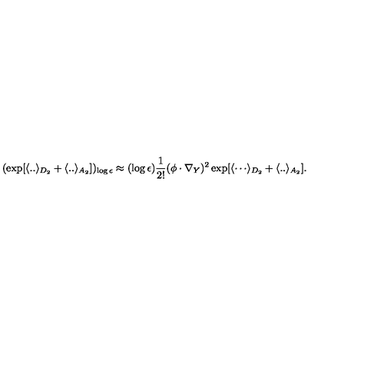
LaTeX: ( \exp [ \langle . . \rangle _ { D _ { 2 } } + \langle . . \rangle _ { A _ { 2 } } ] ) _ { \log \epsilon } \approx ( \log \epsilon ) { \frac { 1 } { 2 ! } } ( \phi \cdot \nabla _ { Y } ) ^ { 2 } \exp [ { \langle \cdots \rangle _ { D _ { 2 } } } + \langle . . \rangle _ { A _ { 2 } } ] .